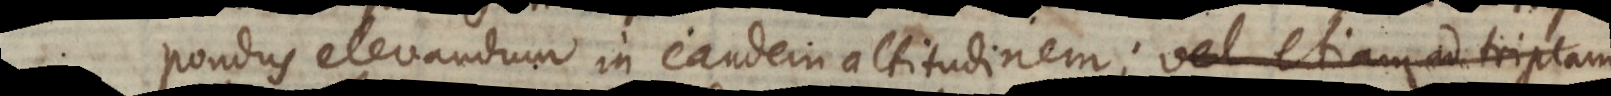
pondus elevandum in eandem altitudinem; vel etiam ad triplam